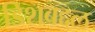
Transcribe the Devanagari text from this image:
डिशबद्दल